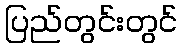
ပြည်တွင်းတွင်